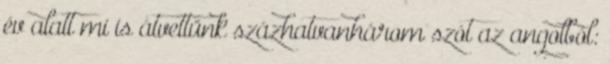
év alatt mi is átvettünk százhatvanhárom szót az angolból: